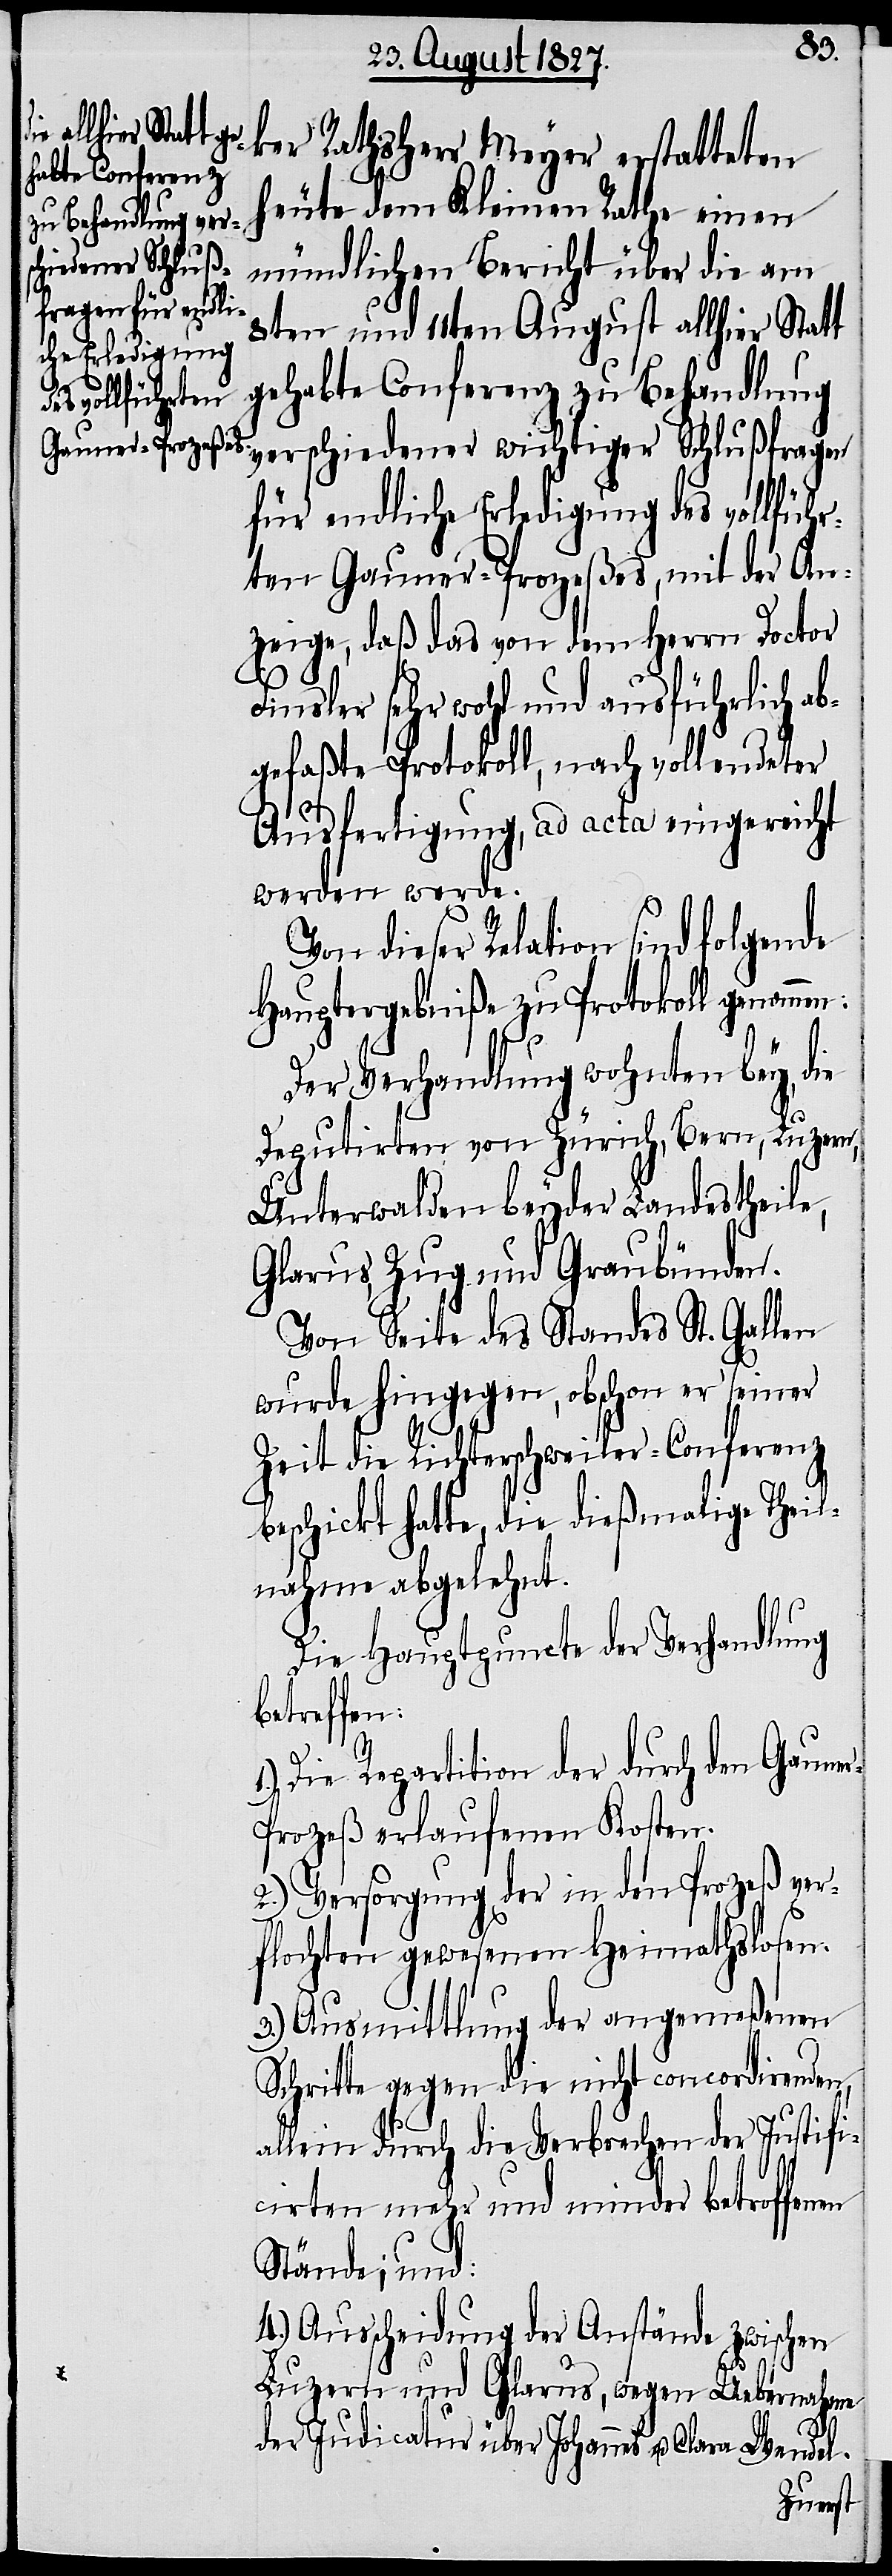
ker Rathsherr Meyer erstatteten
heute dem Kleinen Rathe einen
mündlichen Bericht über die am
8ten und 11ten August allhier Statt
gehabte Conferenz zu Behandlung
verschiedener wichtiger Schlußfragen
für endliche Erledigung des vollführ¬
ten Gauner-Prozeßes, mit der An¬
zeige, daß das von dem Herrn Doctor
Finsler sehr wohl und ausführlich ab¬
gefaßte Protokoll, nach vollendeter
Ausfertigung, ad acta eingereicht
werden werde.
Von dieser Relation sind folgende
Hauptergebniße zu Protokoll genomme¬
Der Verhandlung wohnten bey, die
Deputirten von Zürich, Bern, Luzern,
Unterwalden beyder Landestheile,
Glarus, Zug und Graubünden.
Von Seite des Standes St. Gallen
wurde hingegen, obschon er seiner
Zeit die Richterschweiler-Conferenz
beschickt hatte, die dießmalige Theil¬
nahme abgelehnt.
Die Hauptpuncte der Verhandlung
betreffen:
1.) Die Repartition der durch den Gaune¬
r-Prozeß erlaufenen Kosten.
2.) Versorgung der in den Prozeß ver¬
flochten gewesenen Heimathslosen.
3.) Ausmittlung der angemeßenen
Schritte gegen die nicht concordirenden,
allein durch die Verbrechen der Justifi¬
cirten mehr und minder betroffenen
Stände; und:
4.) Ausscheidung der Anstände zwischen
Luzern und Glarus, wegen Uebernahme
n:
der Judicatur über Johannes u. Clara Wendel.